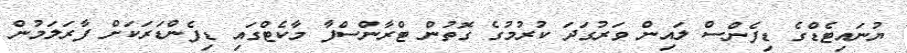
ޔުނައިޓެޑްގެ ޑިފެންސް ލައިން ވަރުގަދަ ކުރުމުގެ ގޮތުން ޓްރާންސްފާ މާކެޓްގައި ޑިފެންޑަރަކަށް ފާރަލަމުން